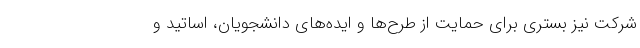
شرکت نیز بستری برای حمایت از طرح‌ها و ایده‌های دانشجویان، اساتید و